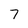
Character: 7